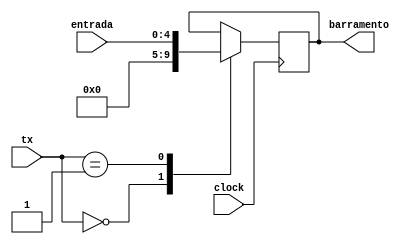
module REGISTRADORx(entrada,barramento,tx,clock); //entrada de dados
	input wire clock;
	input wire[4:0] entrada,tx;
	output reg [4:0] barramento;
	
	parameter CLEAR = 4'd0;
    parameter LOAD = 4'd1;
    
    always @ (posedge clock) begin
		case (tx)
			CLEAR : barramento <= 4'd0;
			LOAD : barramento <= entrada;
		endcase
	end
endmodule